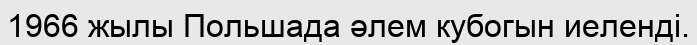
1966 жылы Польшада әлем кубогын иеленді.